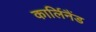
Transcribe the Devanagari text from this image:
कार्लिनैंड